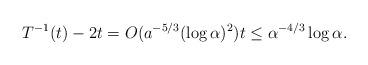
LaTeX: \begin{align*}T^{-1}(t) -2t =O(a^{-5/3}(\log \alpha)^2)t\leq \alpha^{-4/3}\log \alpha.\end{align*}